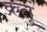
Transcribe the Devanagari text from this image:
क्रतुं